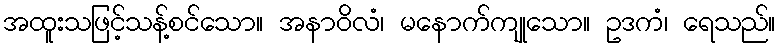
အထူးသဖြင့်သန့်စင်သော။ အနာဝိလံ၊ မနောက်ကျုသော။ ဥဒကံ၊ ရေသည်။